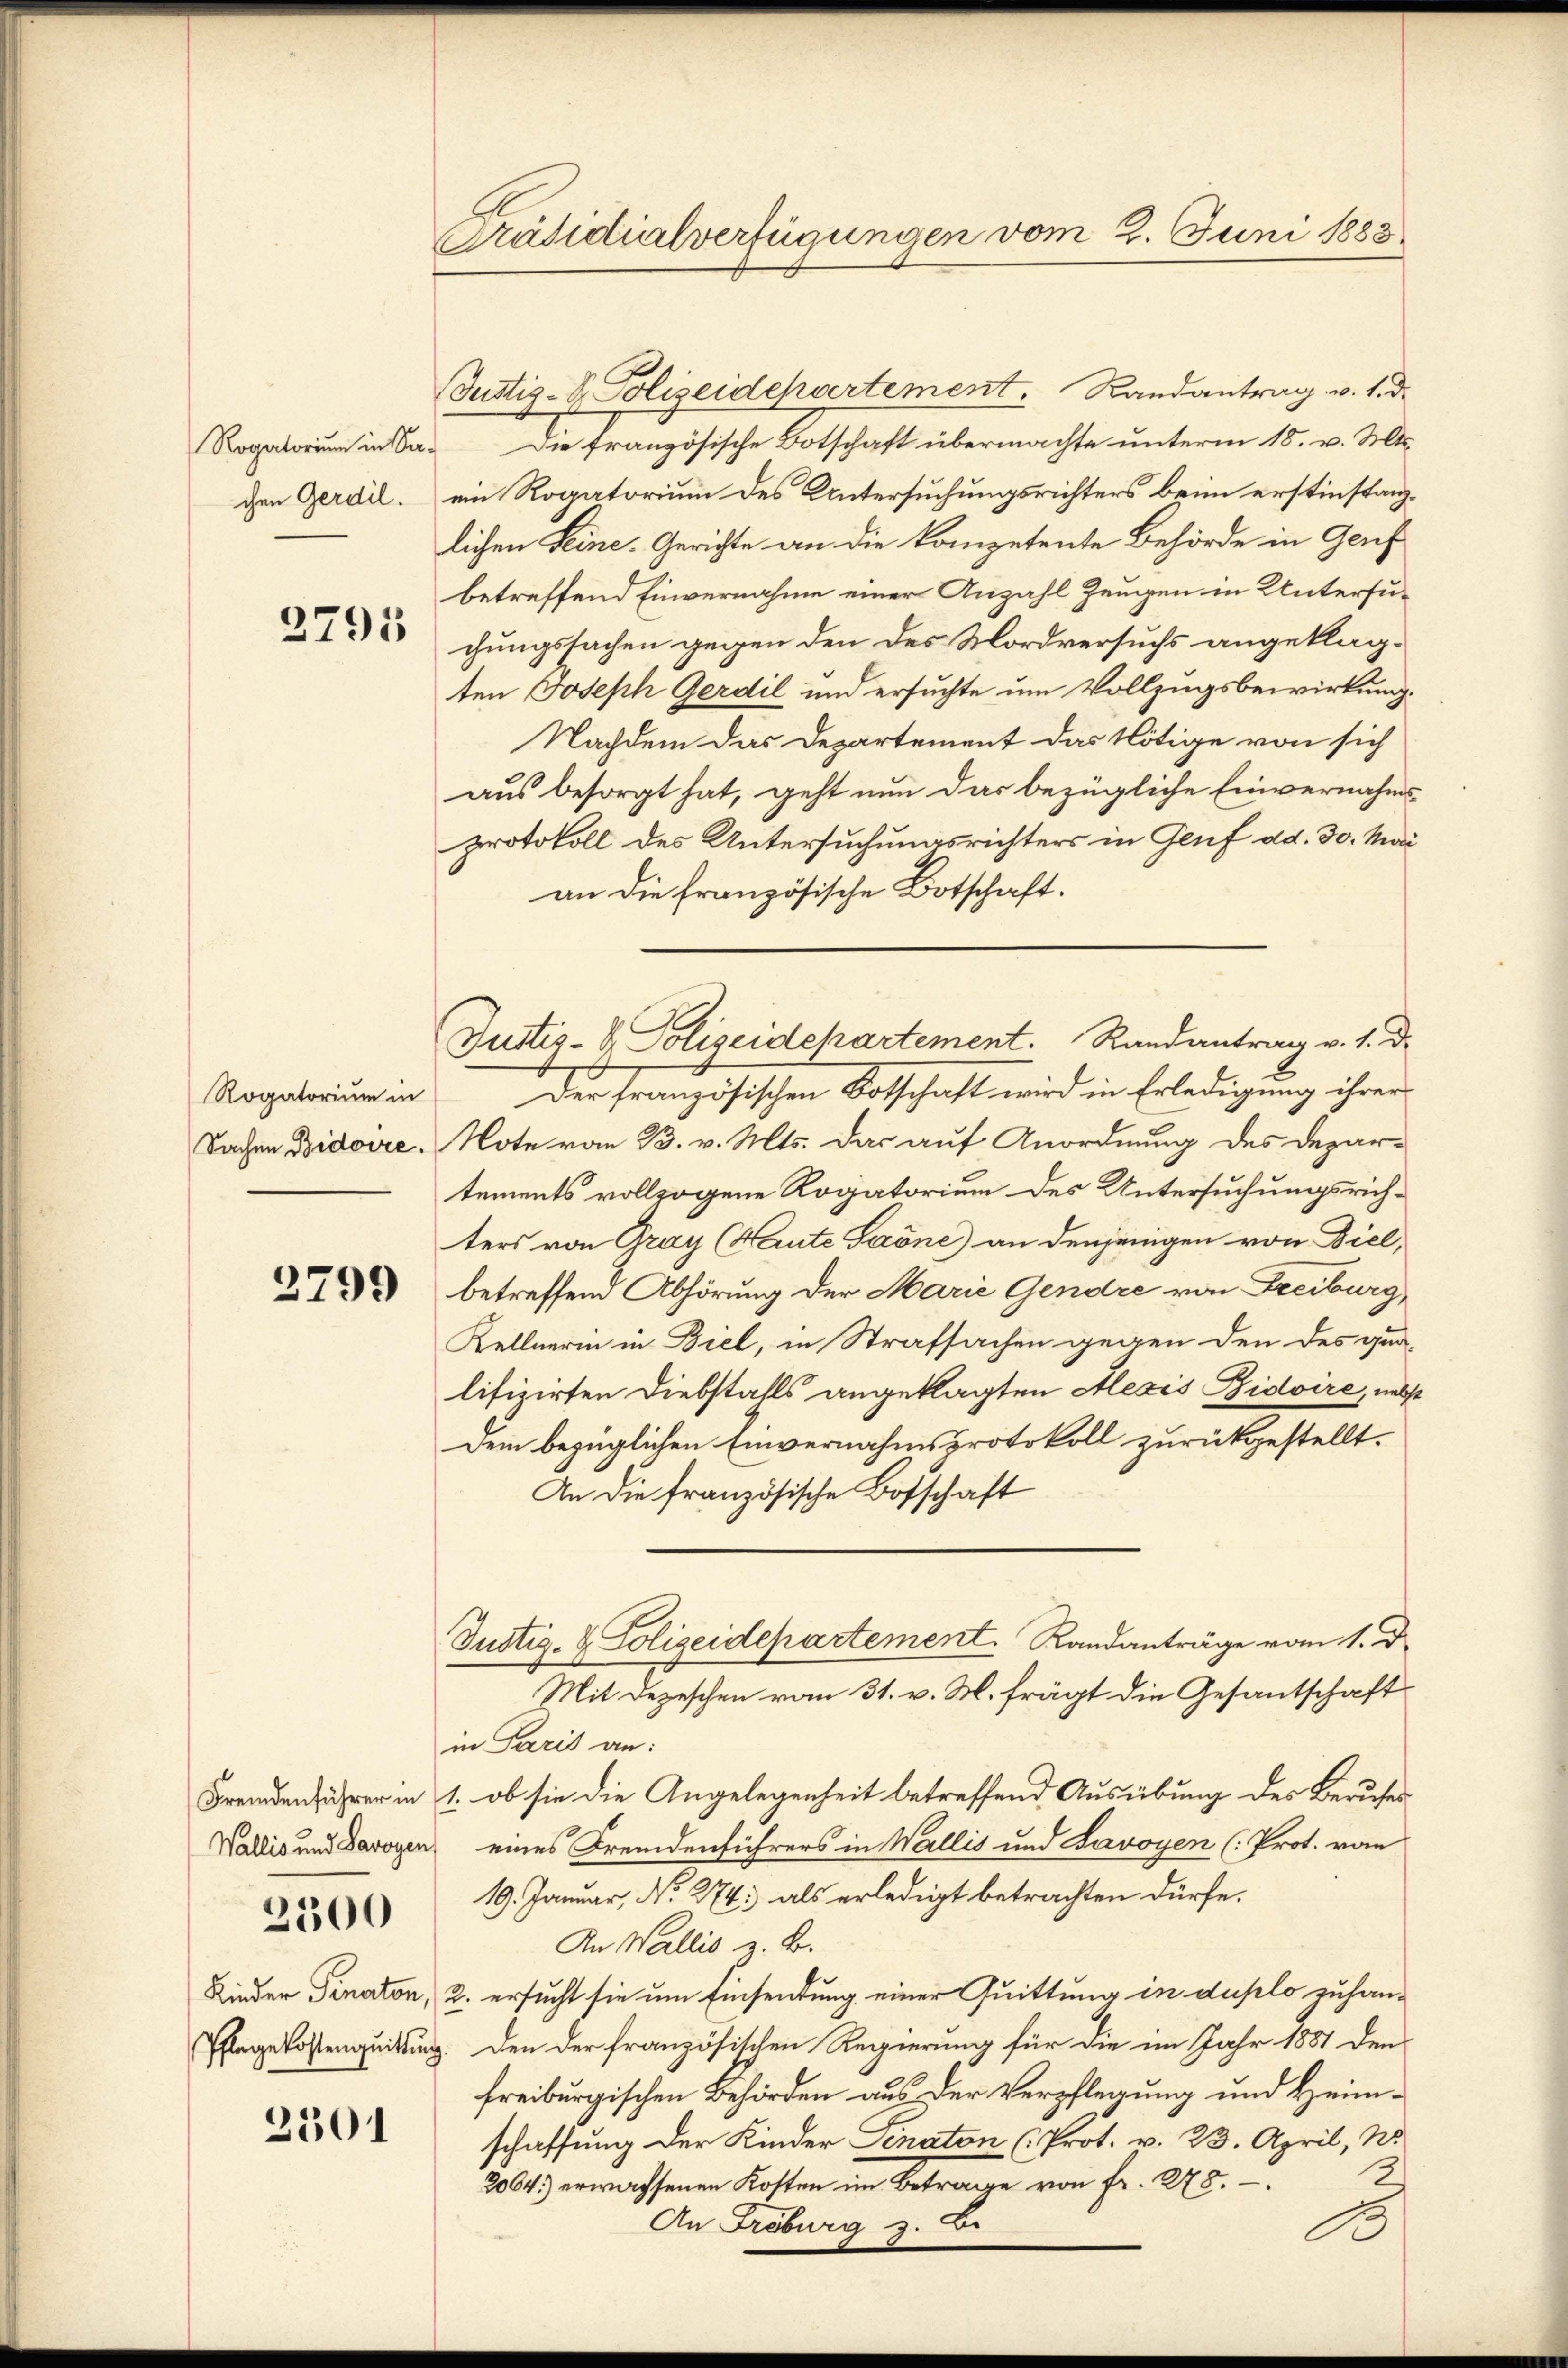
Rogatorium in Ger.
chen Gerdil.

2795

Rogatorium in
Sachen Bidoire.

2799

2300

2301

Präsidialverfügungen vom 2. Juni 1883

(Justiz-Dr. Polizeidepartement. Randantrag v. 1. d.
 Die französische Botschaft übermachte unterm 18. v. Mts.
ein Rogatorium des Untersuchungsrichters beim erstinstanzlichen Leine Gerichte an die kompetente Behörde in Genf
betreffend Einvernahme einer Anzahl Zeugen in Untersuchungssachen gegen den des Mordversuchs angeklagten Joseph Gerdil und ersuchte um Vollzugsbewirkung.
Nachdem das Departement das Nötige von sich
aus besorgt hat, geht nun das bezügliche Einvernahmsprotokoll des Untersuchungsrichters in Genf ad. 30. Mai
an die französische Botschaft.
Der französischen Botschaft wird in Erledigung ihrer
Note vom 23. v. Mts. das auf Anordnung des Depar-
tements vollzogene Rogatorium des Untersuchungsrich-
ters von Gray (Haute Saöne) an denjenigen von Diel,
betreffend Abhörung der Marie Gendre von Freiburg,
Kellnerin in Biel, in Strafsachen gegen den des qua-
lifizirten Diebstalls angeklagten Alexis Pidvire, nebst
Dem bezüglichen Einvernahmsprotokoll zurückgestellt.
An die französische Botschaft
Justiz- & Polizeidepartement. Randanträge vom 1. d.
Mit Depeschen vom 31. v. M. frägt die Gesantschaft
in Paris an:
Fremden führer in 1. ob sie die Angelegenheit betreffend Ausübung des Berufes
Wallis und Darogen eines Fremdenführers in Wallis und Savoyen (Prot. vo
19. Januar, No. 274 als erledigt betrachten dürfe.
An Wallis z. B.
Kinder Finaton, 2. ersucht sie um Einsendung einer Quittung in duplo zuhan¬
Pflege Kostenquittung. Den der französischen Regierung für die im Jahr 1887 den
freiburgischen Behörden aus der Verpflegung und Heimschaffung der Kinder Senaton (Prot. v. 23. April, No.
2064) erwachsenen Kosten im Betrage von fr. 278.

Justiz- & Polizeidchartement. Randantrag v. 1. d.

2